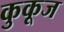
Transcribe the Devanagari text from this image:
कुकूज